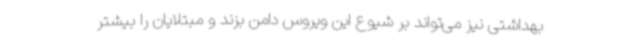
بهداشتی نیز می‌تواند بر شیوع این ویروس دامن بزند و مبتلایان ‌را بیشتر